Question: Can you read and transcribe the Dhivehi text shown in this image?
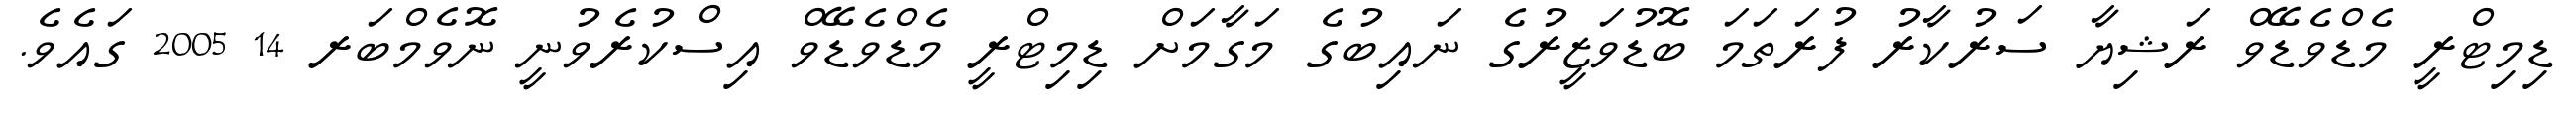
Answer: ޑިމިޓްރީ މެޑްވެޑޭވް ރަޝިޔާ ސަރުކާރު ފުރަތަމަ ބޮޑުވަޒީރުގެ ނައިބުގެ މަގާމަށް ޑިމިޓްރީ މެޑްވެޑޭވް އިސްކުރެވުނީ ނޮވެމްބަރ 14 2005 ގައެވެ.